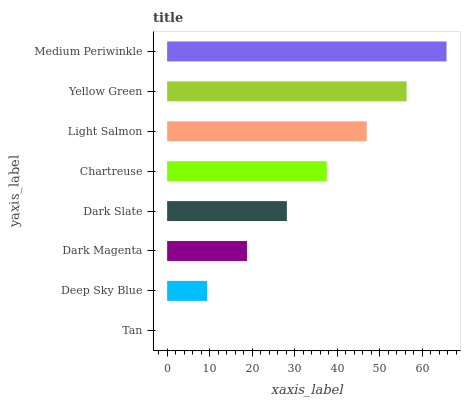
| yaxis_label | bars |
 | --- | --- |
 | Tan | 0 |
 | Deep Sky Blue | 9.38 |
 | Dark Magenta | 18.8 |
 | Dark Slate | 28.1 |
 | Chartreuse | 37.5 |
 | Light Salmon | 46.9 |
 | Yellow Green | 56.3 |
 | Medium Periwinkle | 65.7 |